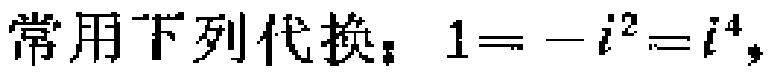
常用下列代换：$1=-i^{2}=i^{4}$